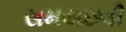
સમયછડી